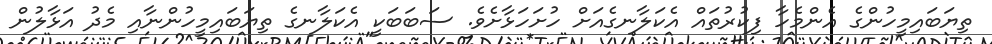
ތިޔަބައިމީހުންގެ އެންމެހާ ފިކުރުތައް އެކަލާނގެއަށް ހުށަހަޅާށެވެ. ސަބަބަކީ އެކަލާނގެ ތިޔަބައިމީހުންނާއި މެދު އަޅާލުން